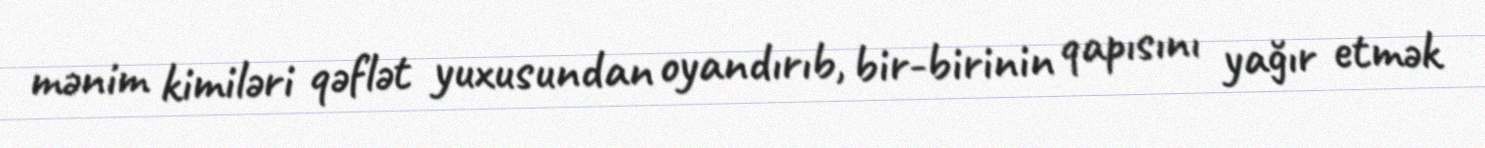
mənim kimiləri qəflət yuxusundan oyandırıb, bir-birinin qapısını yağır etmək